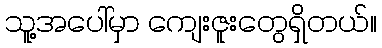
သူ့အပေါ်မှာ ကျေးဇူးတွေရှိတယ်။